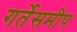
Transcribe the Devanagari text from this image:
गर्तेसमीप